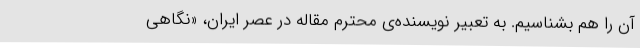
آن را هم بشناسیم. به تعبیر نویسنده‌ی محترم مقاله‌ در عصر ایران، «نگاهی